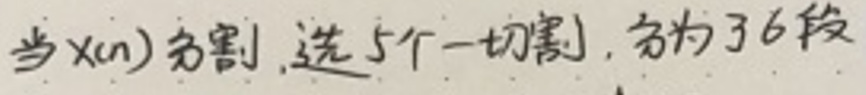
当$x(n)$分割,选5个一切割,分为了6段